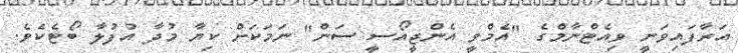
އަރާފައިވަނީ ވިއެޓްނާމްގެ "އެމްވީ އެންޖީއޯސީ ސަން" ނަމަކަށް ކިޔާ މުދާ އުފުލާ ބޯޓެކެވެ.